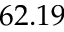
6 2 . 1 9